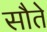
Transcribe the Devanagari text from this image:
सौते